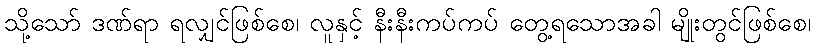
သို့သော် ဒဏ်ရာ ရလျှင်ဖြစ်စေ၊ လူနှင့် နီးနီးကပ်ကပ် တွေ့ရသောအခါ မျိုးတွင်ဖြစ်စေ၊